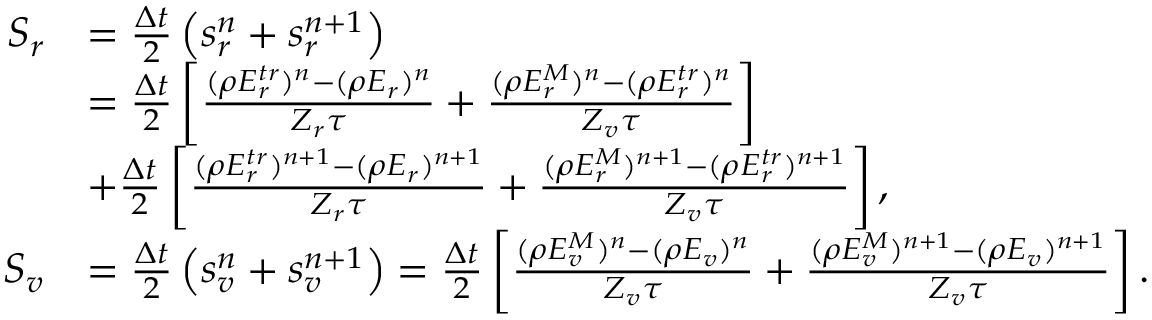
\begin{array} { r l } { S _ { r } } & { = \frac { \Delta t } { 2 } \left( s _ { r } ^ { n } + s _ { r } ^ { n + 1 } \right) } \\ & { = \frac { \Delta t } { 2 } \left[ \frac { ( \rho E _ { r } ^ { t r } ) ^ { n } - ( \rho { E _ { r } } ) ^ { n } } { Z _ { r } \tau } + \frac { ( \rho E _ { r } ^ { M } ) ^ { n } - ( \rho E _ { r } ^ { t r } ) ^ { n } } { Z _ { v } \tau } \right] } \\ & { + \frac { \Delta t } { 2 } \left[ \frac { ( \rho E _ { r } ^ { t r } ) ^ { n + 1 } - ( \rho { E _ { r } } ) ^ { n + 1 } } { Z _ { r } \tau } + \frac { ( \rho E _ { r } ^ { M } ) ^ { n + 1 } - ( \rho E _ { r } ^ { t r } ) ^ { n + 1 } } { Z _ { v } \tau } \right] , } \\ { S _ { v } } & { = \frac { \Delta t } { 2 } \left( s _ { v } ^ { n } + s _ { v } ^ { n + 1 } \right) = \frac { \Delta t } { 2 } \left[ \frac { ( \rho E _ { v } ^ { M } ) ^ { n } - ( \rho E _ { v } ) ^ { n } } { Z _ { v } \tau } + \frac { ( \rho E _ { v } ^ { M } ) ^ { n + 1 } - ( \rho E _ { v } ) ^ { n + 1 } } { Z _ { v } \tau } \right] . } \end{array}